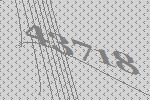
43718